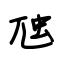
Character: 虺